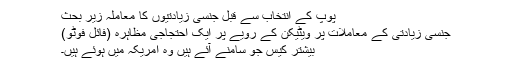
پوپ کے انتخاب سے قبل جنسی زیادتیوں کا معاملہ زیر بحث
جنسی زیادتی کے معاملات پر ویٹیکن کے رویے پر ایک احتجاجی مظاہرہ (فائل فوٹو)
بیشتر کیس جو سامنے آئے ہیں وہ امریکہ میں ہوئے ہیں۔